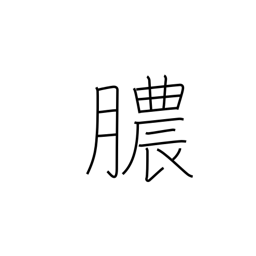
Meaning: discharge